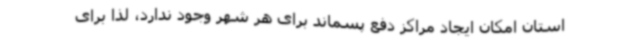
استان امکان ایجاد مراکز دفع پسماند برای هر شهر وجود ندارد، لذا برای